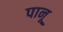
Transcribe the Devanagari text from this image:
पानू